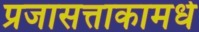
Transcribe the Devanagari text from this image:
प्रजासत्ताकामधे